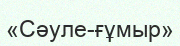
«Сәуле-ғұмыр»